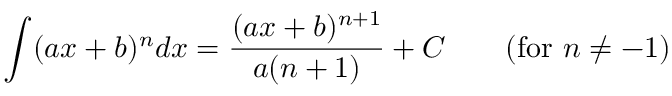
\int ( a x + b ) ^ { n } d x = { \frac { ( a x + b ) ^ { n + 1 } } { a ( n + 1 ) } } + C \qquad { \mathrm { ( f o r ~ } } n \neq - 1 { \mathrm { ) } } \,